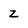
Character: z